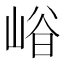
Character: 𡹒